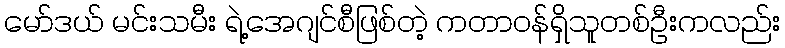
မော်ဒယ် မင်းသမီး ရဲ့အေဂျင်စီဖြစ်တဲ့ ကတာဝန်ရှိသူတစ်ဦးကလည်း